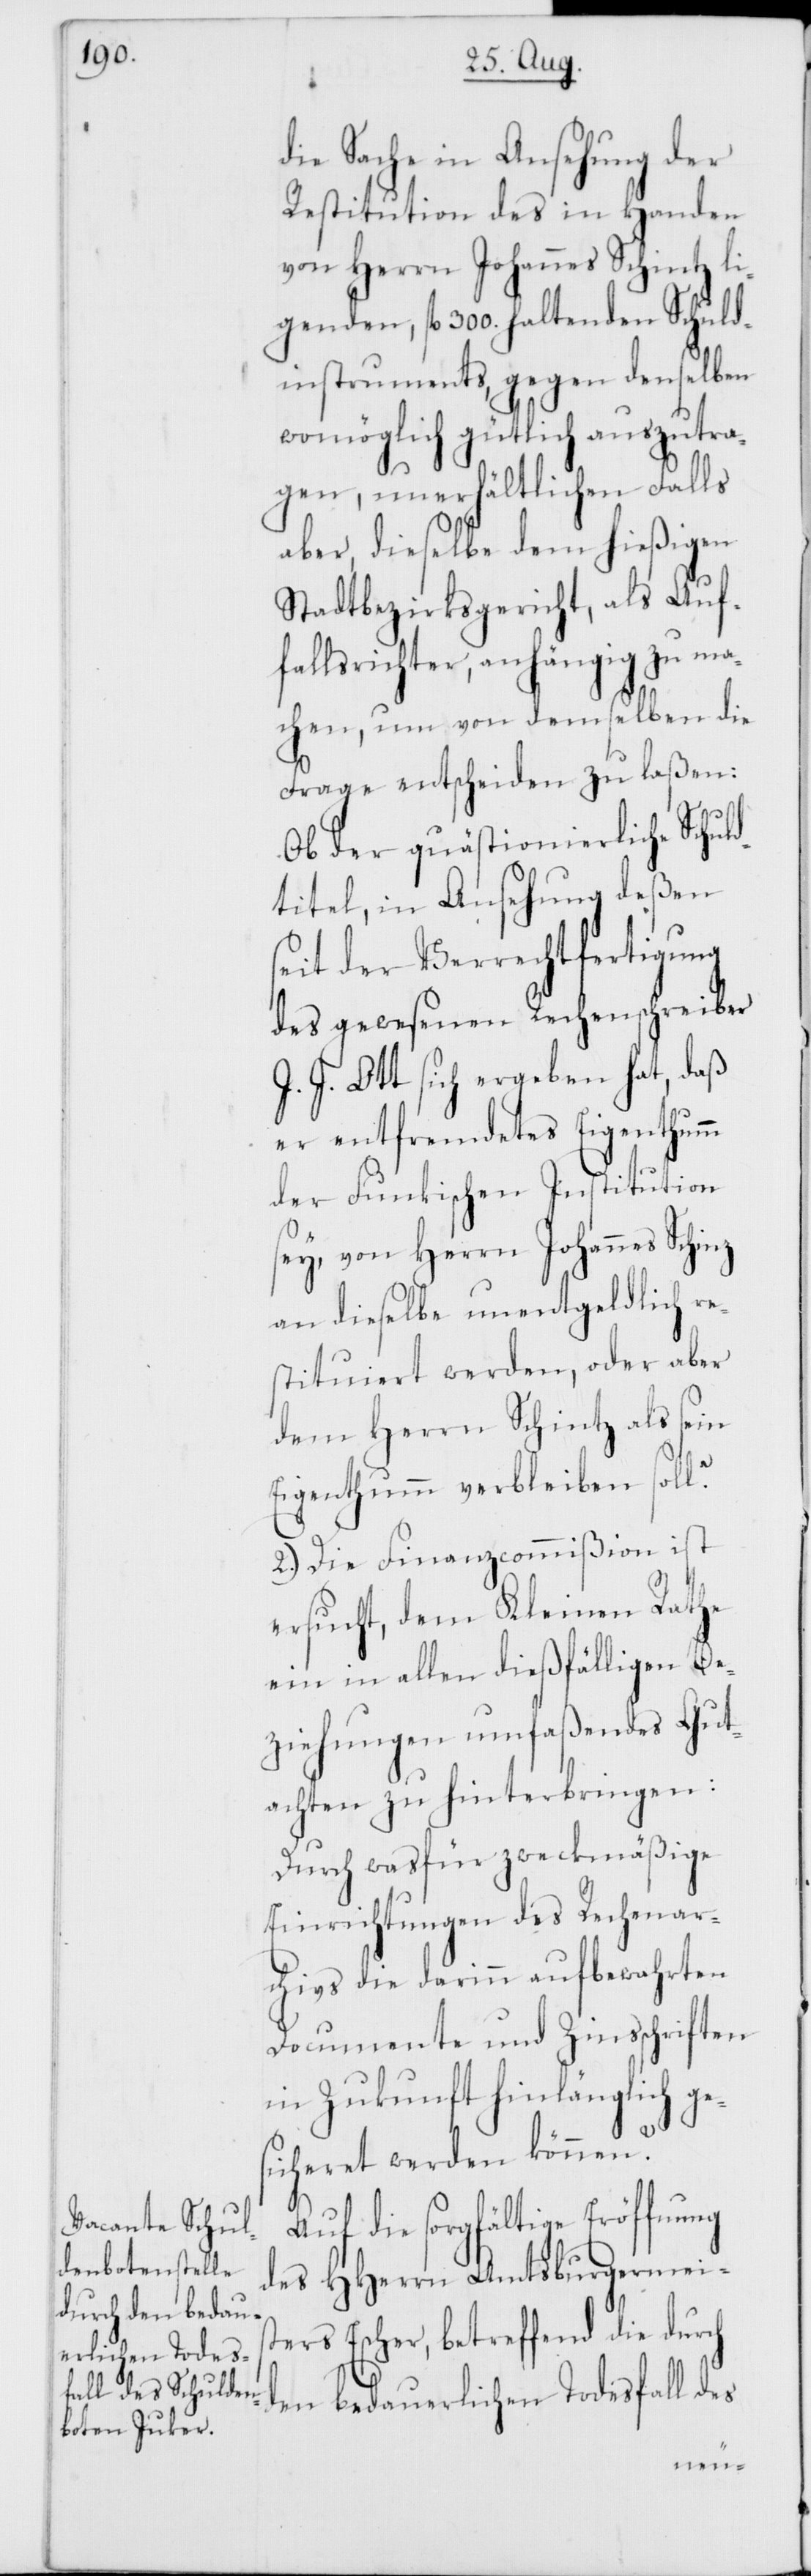
die Sache in Ansehung der
Restitution des in Handen
von Herrn Johannes Schinz li¬
genden, fl. 300. haltenden Schuld¬
instruments, gegen denselben
womöglich gütlich auszutra¬
gen, unerhältlichen Falls
aber, dieselbe dem hießigen
Stadtbezirksgericht, als Auf¬
fallsrichter, anhängig zu ma¬
chen, um von demselben die
Frage entscheiden zu laßen:
Ob der quästionierliche Schuld¬
titel, in Ansehung deßen
seit der Verrechtfertigung
des gewesenen Rechenschreiber
J. J. Ott sich ergeben hat, daß
er entfremdetes Eigenthumm
der Funkischen Institution
sey, von Herrn Johannes Schinz
an dieselbe unentgeldlich re¬
stituiert werden, oder aber
dem Herrn Schinz als sein
Eigenthumm verbleiben soll?
2.) Die Finanzcommißion ist
ersucht, dem Kleinen Rathe
ein in allen dießfälligen Be¬
ziehungen umfaßendes Gut¬
achten zu hinterbringen:
Durch was für zweckmäßige
Einrichtungen des Rechenar¬
chivs die darinn aufbewahrten
Documente und Zinsschriften
in Zukunft hinlänglich ge¬
sicheret werden können?
Auf die sorgfältige Eröffnung
des HHerrn Amtsburgermeis¬
ters Escher, betreffend die durch
den bedauerlichen Todesfall des